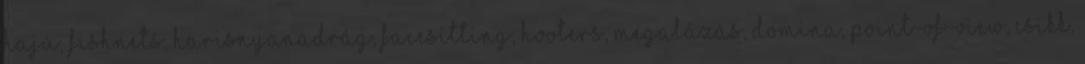
hajú, fishnets, harisnyanadrág, facesitting, hooters, megalázás, domina, point-of-view, csikk,